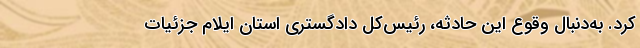
کرد. به‌دنبال وقوع این حادثه، رئیس‌کل دادگستری استان ایلام جزئیات